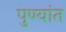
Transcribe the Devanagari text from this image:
पुण्यांत